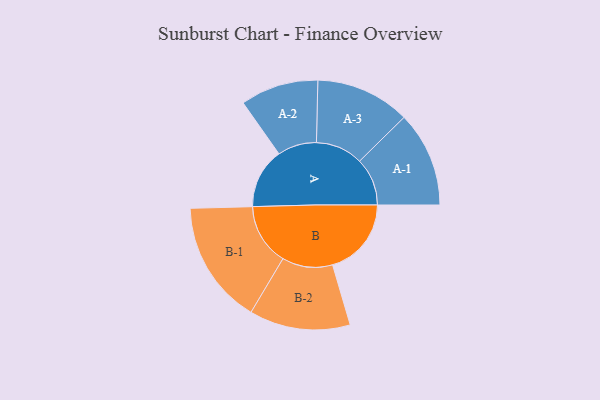
{"axis": {"x": "Segment", "y": "Value"}, "legend": ["", "A", "B"], "data": [{"x": "A", "y": 258, "type": ""}, {"x": "B", "y": 337, "type": ""}, {"x": "A-1", "y": 204, "type": "A"}, {"x": "A-2", "y": 167, "type": "A"}, {"x": "A-3", "y": 202, "type": "A"}, {"x": "B-1", "y": 264, "type": "B"}, {"x": "B-2", "y": 216, "type": "B"}]}